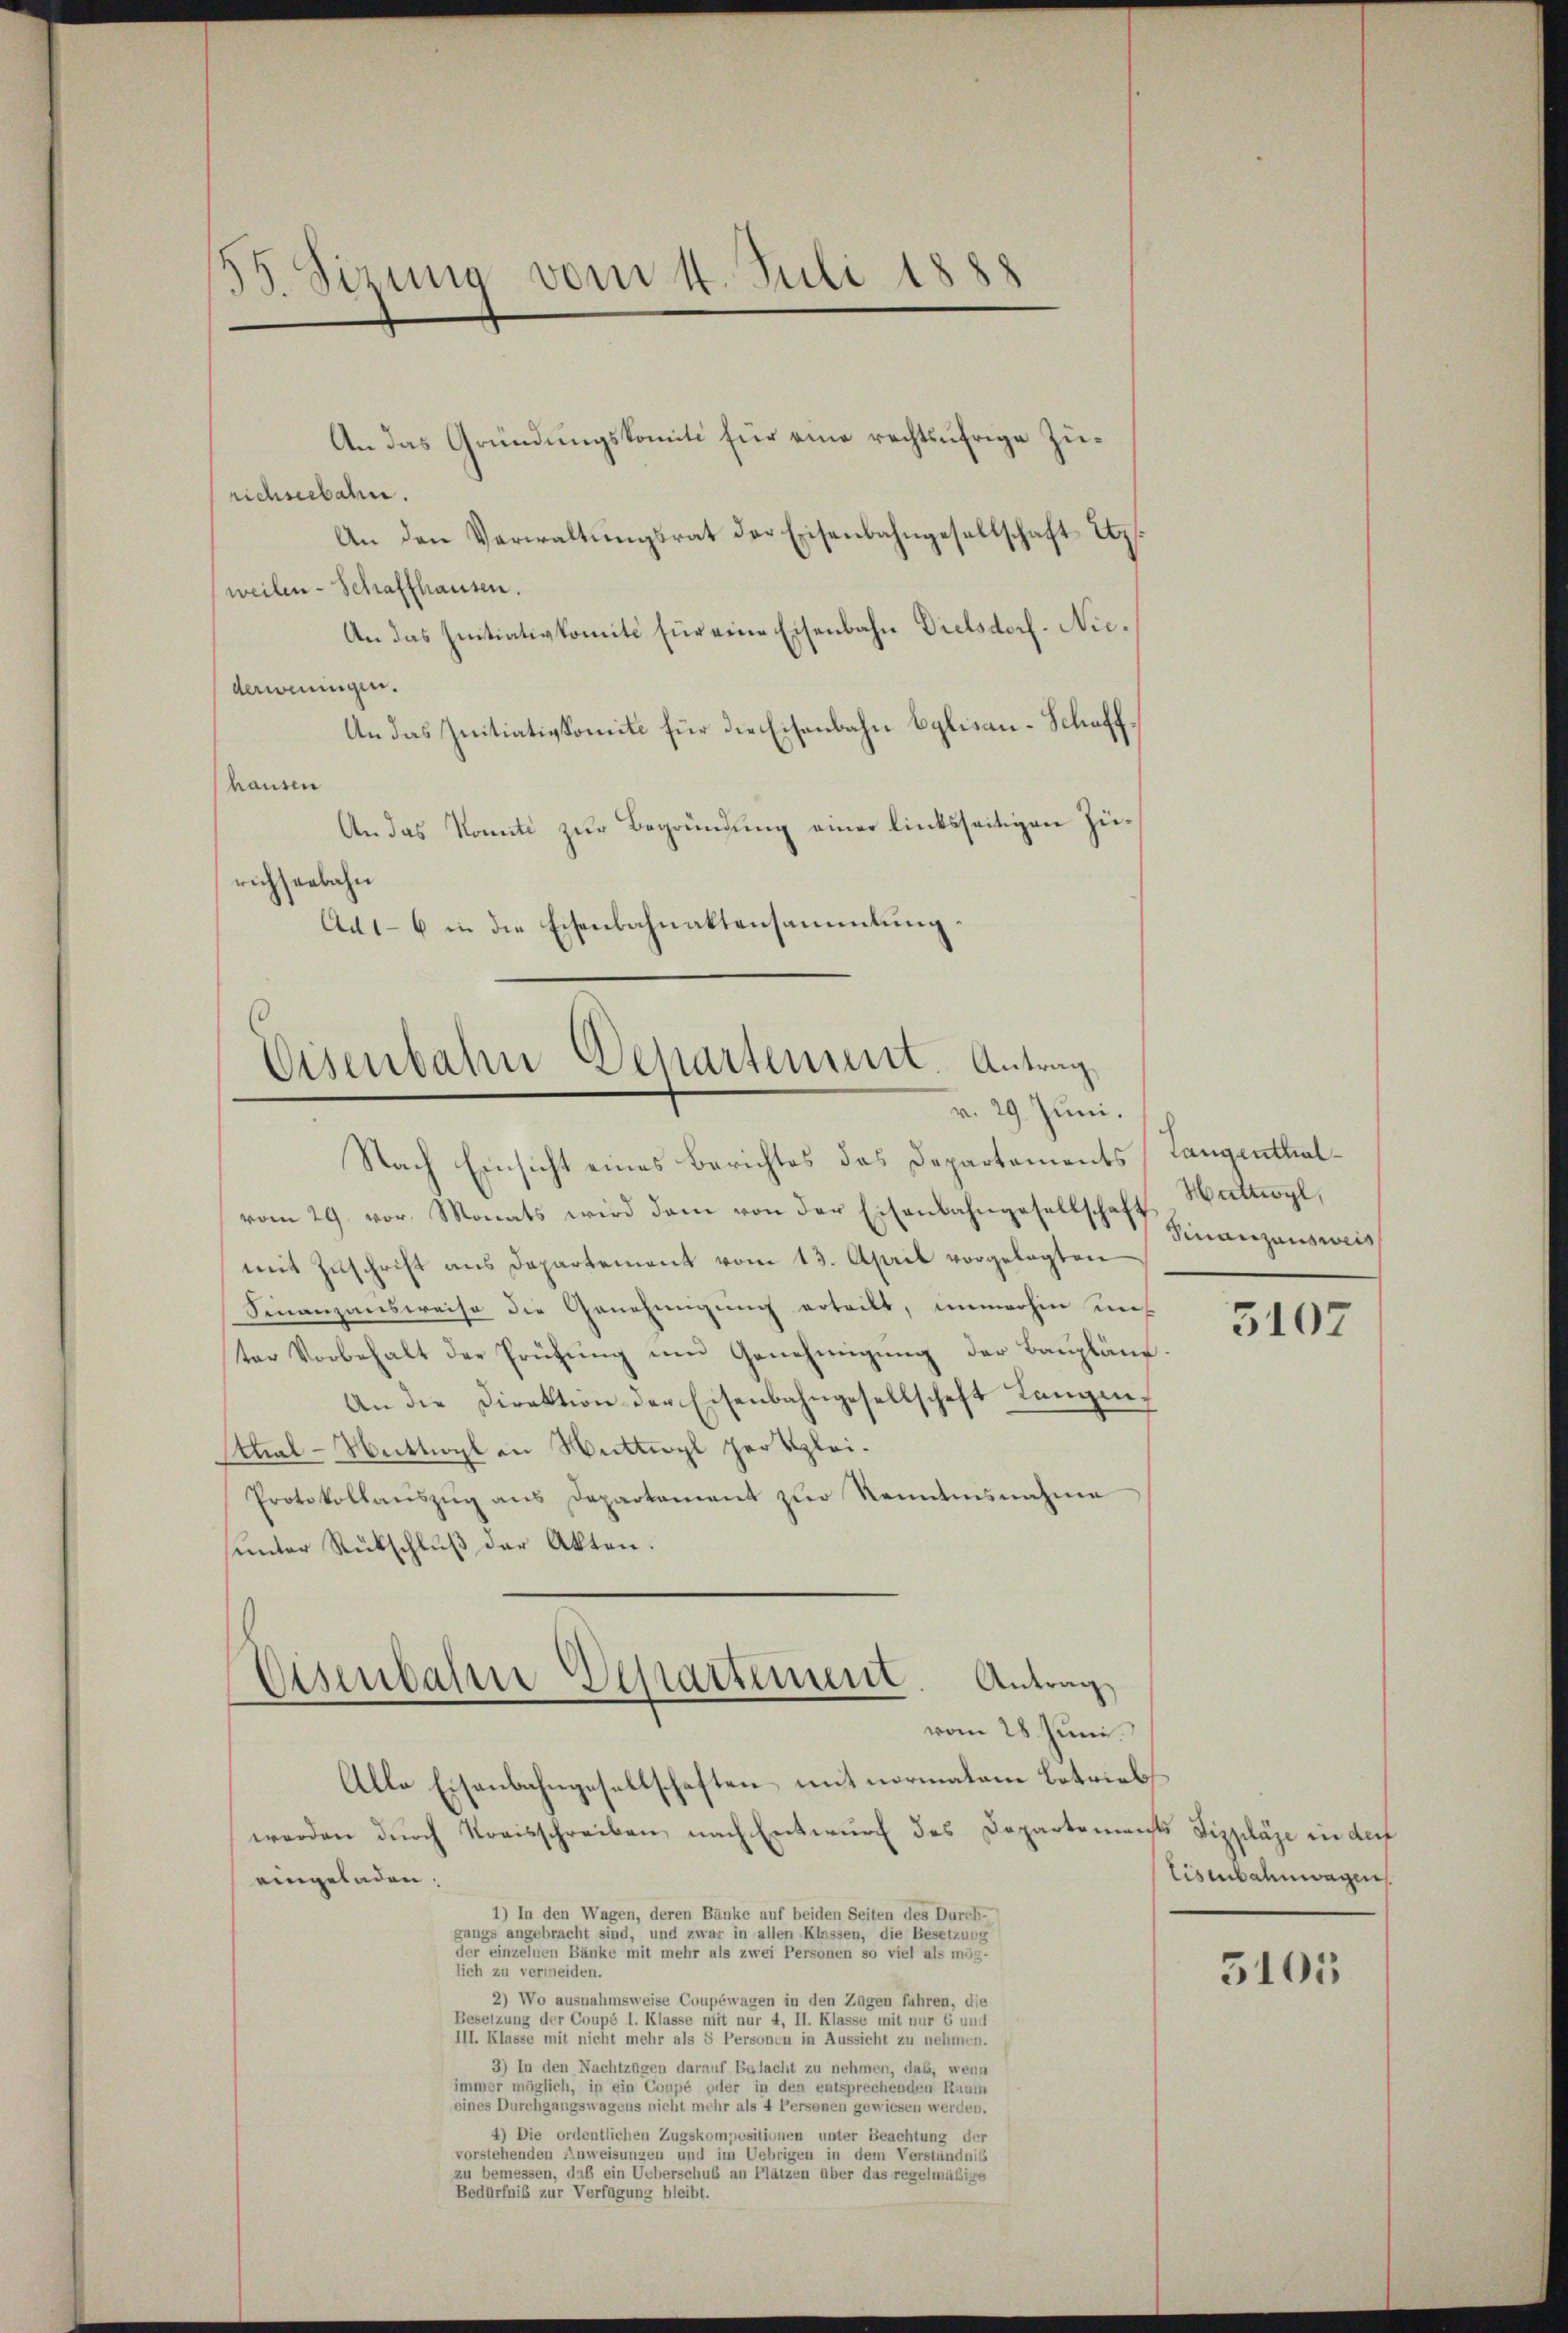
35. Sizung vom 4. Juli 1888

An das Gründungskomiti für eine rechtsufrige Zurichseebahn.
An den Verwaltŭngsrat der Eisenbahngesellschaft Etz.
weilen- Schaffhausen.
An das Initiativkomite für eine Eisenbahn Dielsdorf-Niederweningen.
An das Initiativkomite für die Eisenbahn bylisau-Schaff
hausen
An das Komite zur Begründung einer linksseitigen Zürichsenbahn
Ad 1-6 in die Eisenbahnaktensammlung.

Eisenbahn Departement. Antrag
v. 29. Juni. 18

Nach Einsicht eines Berichtes das Departements
vom 29. vor. Monats wird dem von der Eisenbahngesellschaft Huttwyl,
mit Zuschrift ans Departement vom 13. April vorgelegten
Finanzausweise die Genehmigung erteilt, immerhin uns
ter Vorbehalt der Prüfung um Genehmigung der Baupläne
An die Direktion der Eisenbahngesellschaft Langen,
Athal-Wattwyl an Nettogl her klei¬
Protokollaŭszŭg ans Departement zŭr Kenntnisnahme
ŭnter Rückschlŭβ der Akten.
Eisenbahne Departement. Antrag,
vom 28. Juni.
Alle Eisenbahngesellschaften mit normalem Betriebs
werden durch Kreisschreiben, nach Entwurf des Departements Fizpläge in der
eingeladen.
1) In den Wagen, deren Bänke auf beiden Seiten des Durch-
gangs angebracht sind, und zwar in allen Klassen, die Besetzung
der einzelnen Bänke mit mehr als zwei Personen so viel als mög-
lich zu vermeiden.
2) Wo ausnahmsweise Coupéwagen in den Zügen fahren, die
Besetzung der Coupé I. Klasse mit nur 4, II. Klasse mit nur 6 und
III. Klasse mit nicht mehr als 5 Personen in Aussicht zu nehmen.
3) In den Nachtzügen darauf Balacht zu nehmen, daß, wenn
immer möglich, in ein Coupé yder in den entsprechenden Raum
eines Durchgangswagens nicht mehr als 4 Personen gewiesen werden.
4) Die ordentlichen Zugskompositionen unter Beachtung der
vorstehenden Anweisungen und im Uebrigen in dem Verständnis
zu bemessen, das eine Ueberschub an Plätzen über das regelmäßige
Bedürfnis zur Verfügung bleibt.

Langenthal¬
Finanzausweis

3107

Eisenbahnwagen.

5105